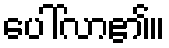
ပေါ်လာ၏။